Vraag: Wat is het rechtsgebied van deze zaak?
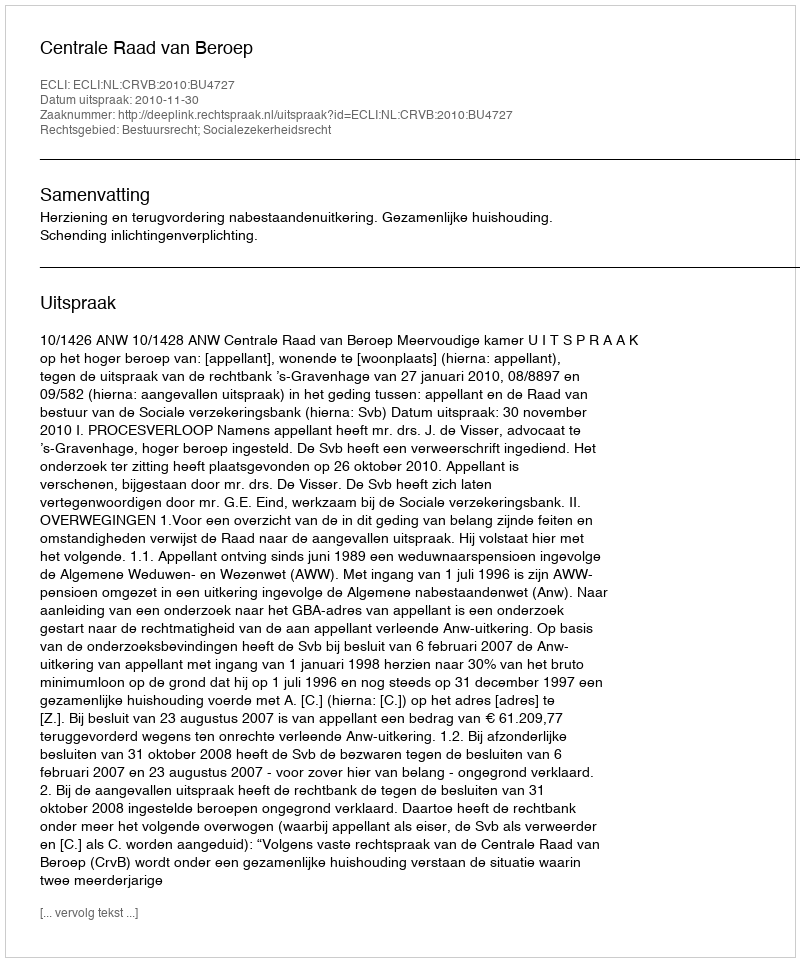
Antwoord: Bestuursrecht; Socialezekerheidsrecht